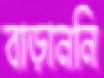
বাড়াননি